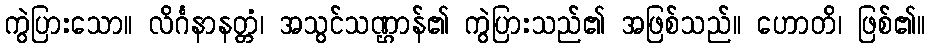
ကွဲပြားသော။ လိင်္ဂနာနတ္တံ၊ အသွင်သဏ္ဌာန်၏ ကွဲပြားသည်၏ အဖြစ်သည်။ ဟောတိ၊ ဖြစ်၏။